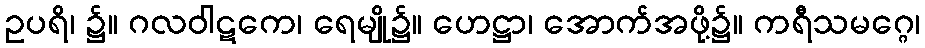
ဥပရိ၊ ၌။ ဂလဝါဋကေ၊ ရေမျို၌။ ဟေဋ္ဌာ၊ အောက်အဖို့၌။ ကရီသမဂ္ဂေ၊